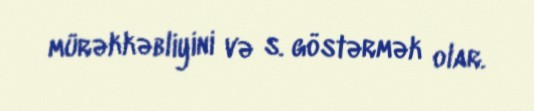
mürəkkəbliyini və s. göstərmək olar.